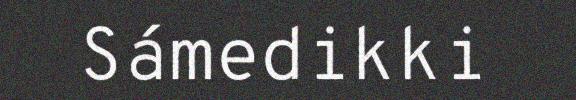
Sámedikki